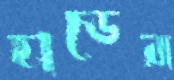
হাডের